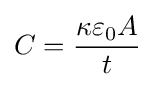
C={\frac {\kappa \varepsilon _{0}A}{t}}